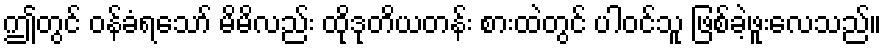
ဤတွင် ဝန်ခံရသော် မိမိလည်း ထိုဒုတိယတန်း စားထဲတွင် ပါဝင်သူ ဖြစ်ခဲ့ဖူးလေသည်။